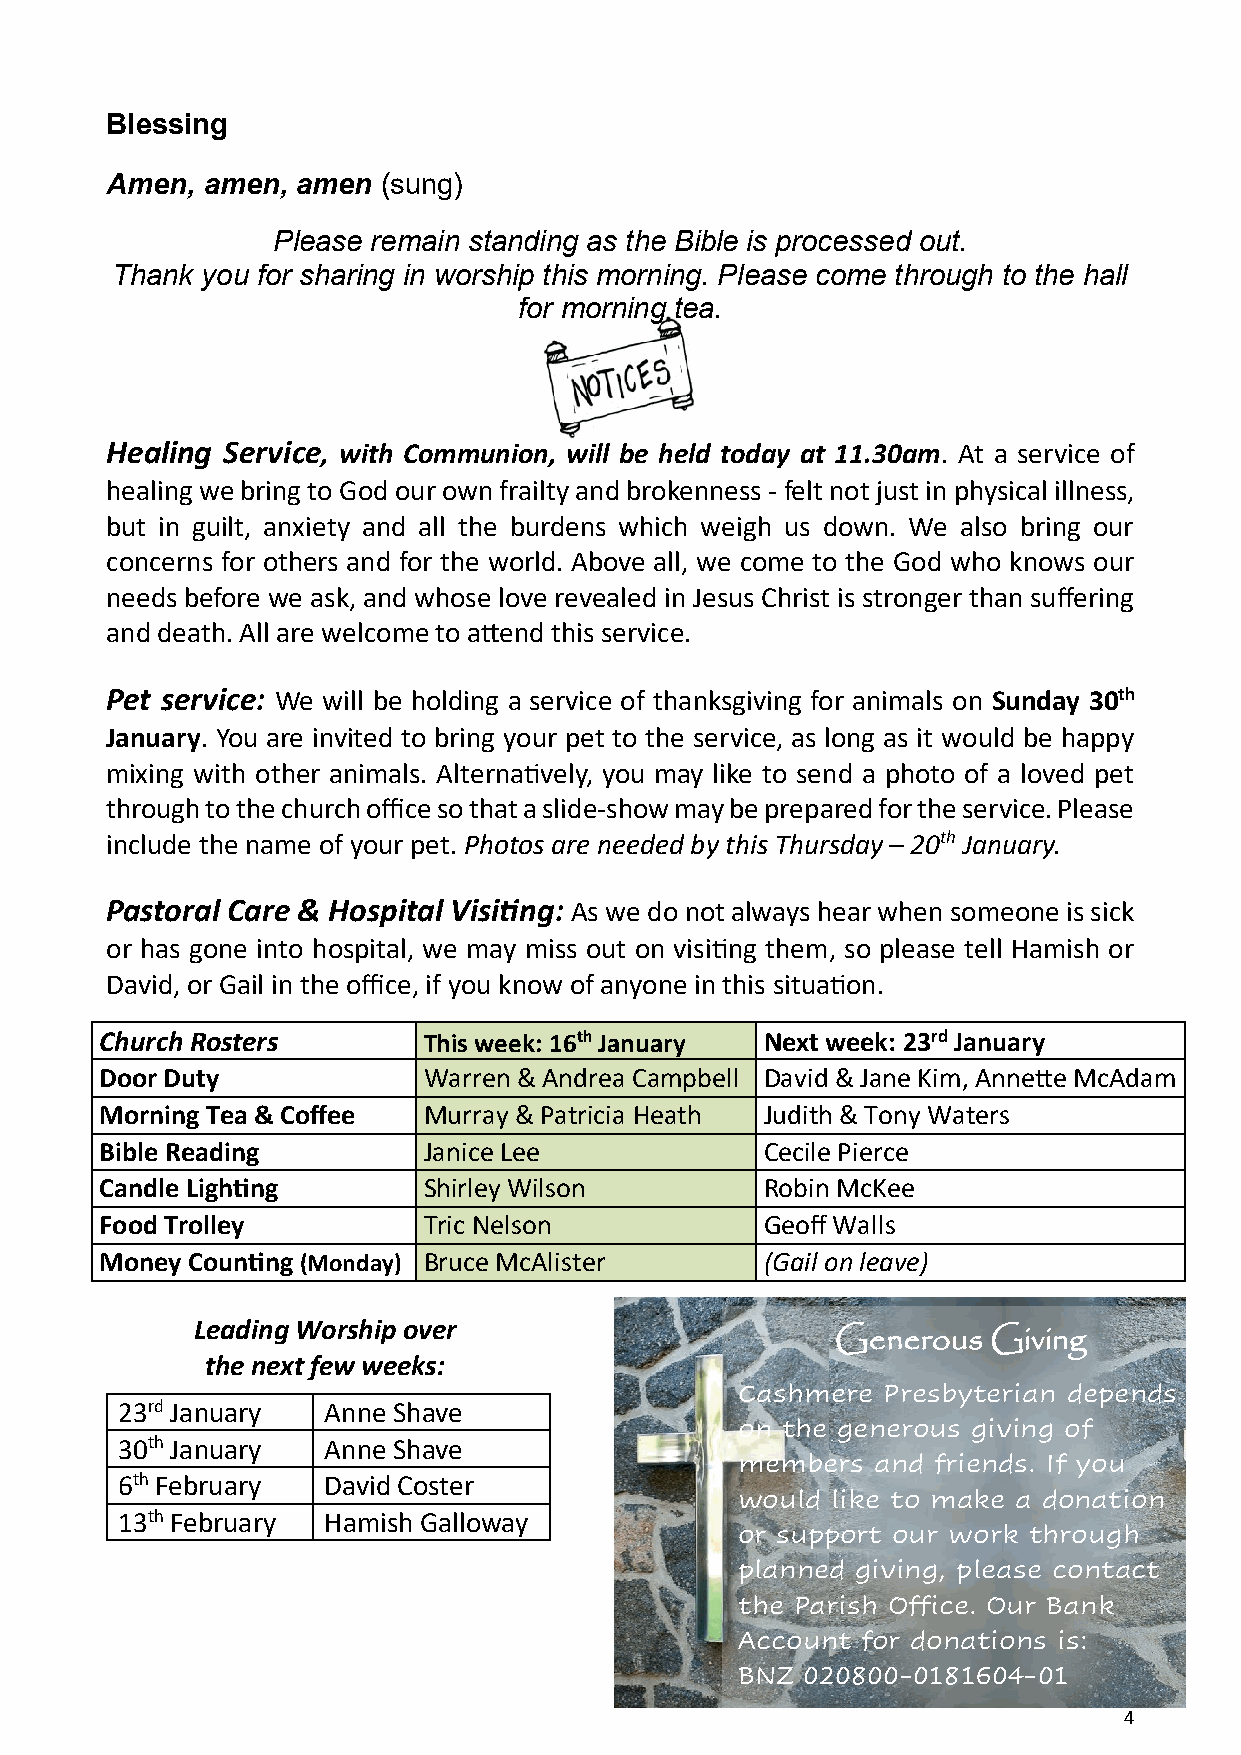
Blessing
 Amen, amen,  amen (sung)
 Please remain standing as the Bible is processed out.
 Thank you for sharing in worship this morning. Please come through to the hall
 for morning tea.
 Healing Service, with Communion, will be held today at 11.30am. At a service of
 healing we bring to God our own frailty and brokenness - felt not just in physical illness,
 but in guilt, anxiety and all the burdens which weigh us down. We also bring our
 concerns for others and for the world. Above all, we come to the God who knows our
 needs before we ask, and whose love revealed in Jesus Christ is stronger than suffering
 and death. All are welcome to attend this service.
 Pet service: We will be holding a service of thanksgiving for animals on Sunday 30th
 January. You are invited to bring your pet to the service, as long as it would be happy
 mixing with other animals. Alternatively, you may like to send a photo of a loved pet
 through to the church office so that a slide-show may be prepared for the service. Please
 include the name of your pet. Photos are needed by this Thursday – 20th January.
 Pastoral Care & Hospital Visiting: As we do not always hear when someone is sick
 or has gone into hospital, we may miss out on visiting them, so please tell Hamish or
 David, or Gail in the office, if you know of anyone in this situation.
 Church Rosters       This week: 16th January Next week: 23rd January
 Door Duty            Warren & Andrea Campbell David & Jane Kim, Annette McAdam
 Morning Tea & Coffee Murray & Patricia Heath Judith & Tony Waters
 Bible Reading        Janice Lee             Cecile Pierce
 Candle Lighting      Shirley Wilson         Robin McKee
 Food Trolley         Tric Nelson            Geoff Walls
 Money Counting (Monday) Bruce McAlister     (Gail on leave)
 Leading Worship over
 Generous   Giving
 the next few weeks:
 Cashmere Presbyterian depends
 23rd January Anne Shave
 on the generous giving of
 30th January Anne Shave
 members  and friends. If you
 6th February David Coster
 would like to make a donation
 13th February Hamish Galloway
 or support our work through
 planned giving, please contact
 the Parish Office. Our Bank
 Account for donations is:
 BNZ 020800-0181604-01
 4